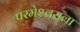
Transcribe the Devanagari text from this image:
परमेश्‍वराला